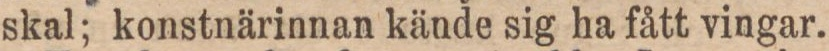
skal; konstnärinnan kände sig ha fått vingar.